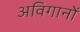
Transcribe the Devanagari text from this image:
अविगानों